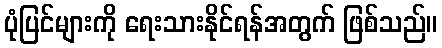
ပုံပြင်များကို ရေးသားနိုင်ရန်အတွက် ဖြစ်သည်။